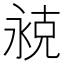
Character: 𬇾